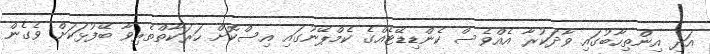
އަދި އިންތިހާބުގައި ވާދަކުރާ އެއްވެސް ކެންޑިޑޭޓެއްގެ ކެމްޕޭނުގައި އިސްކޮށް ހަރަކާތްތެރިވާ ބޭފުޅަކަށް ވެގެން